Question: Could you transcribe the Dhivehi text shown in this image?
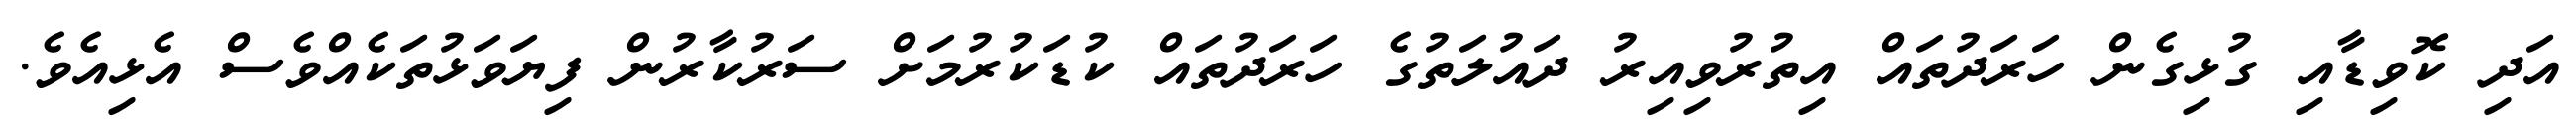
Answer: އަދި ކޮވިޑާއި ގުޅިގެން ހަރަދުތައް އިތުރުވިއިރު ދައުލަތުގެ ހަރަދުތައް ކުޑަކުރުމަށް ސަރުކާރުން ފިޔަވަޅުތަކެއްވެސް އެޅިއެވެ.